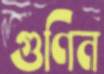
গুণিন